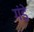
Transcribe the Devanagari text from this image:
गंडे